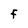
Character: F